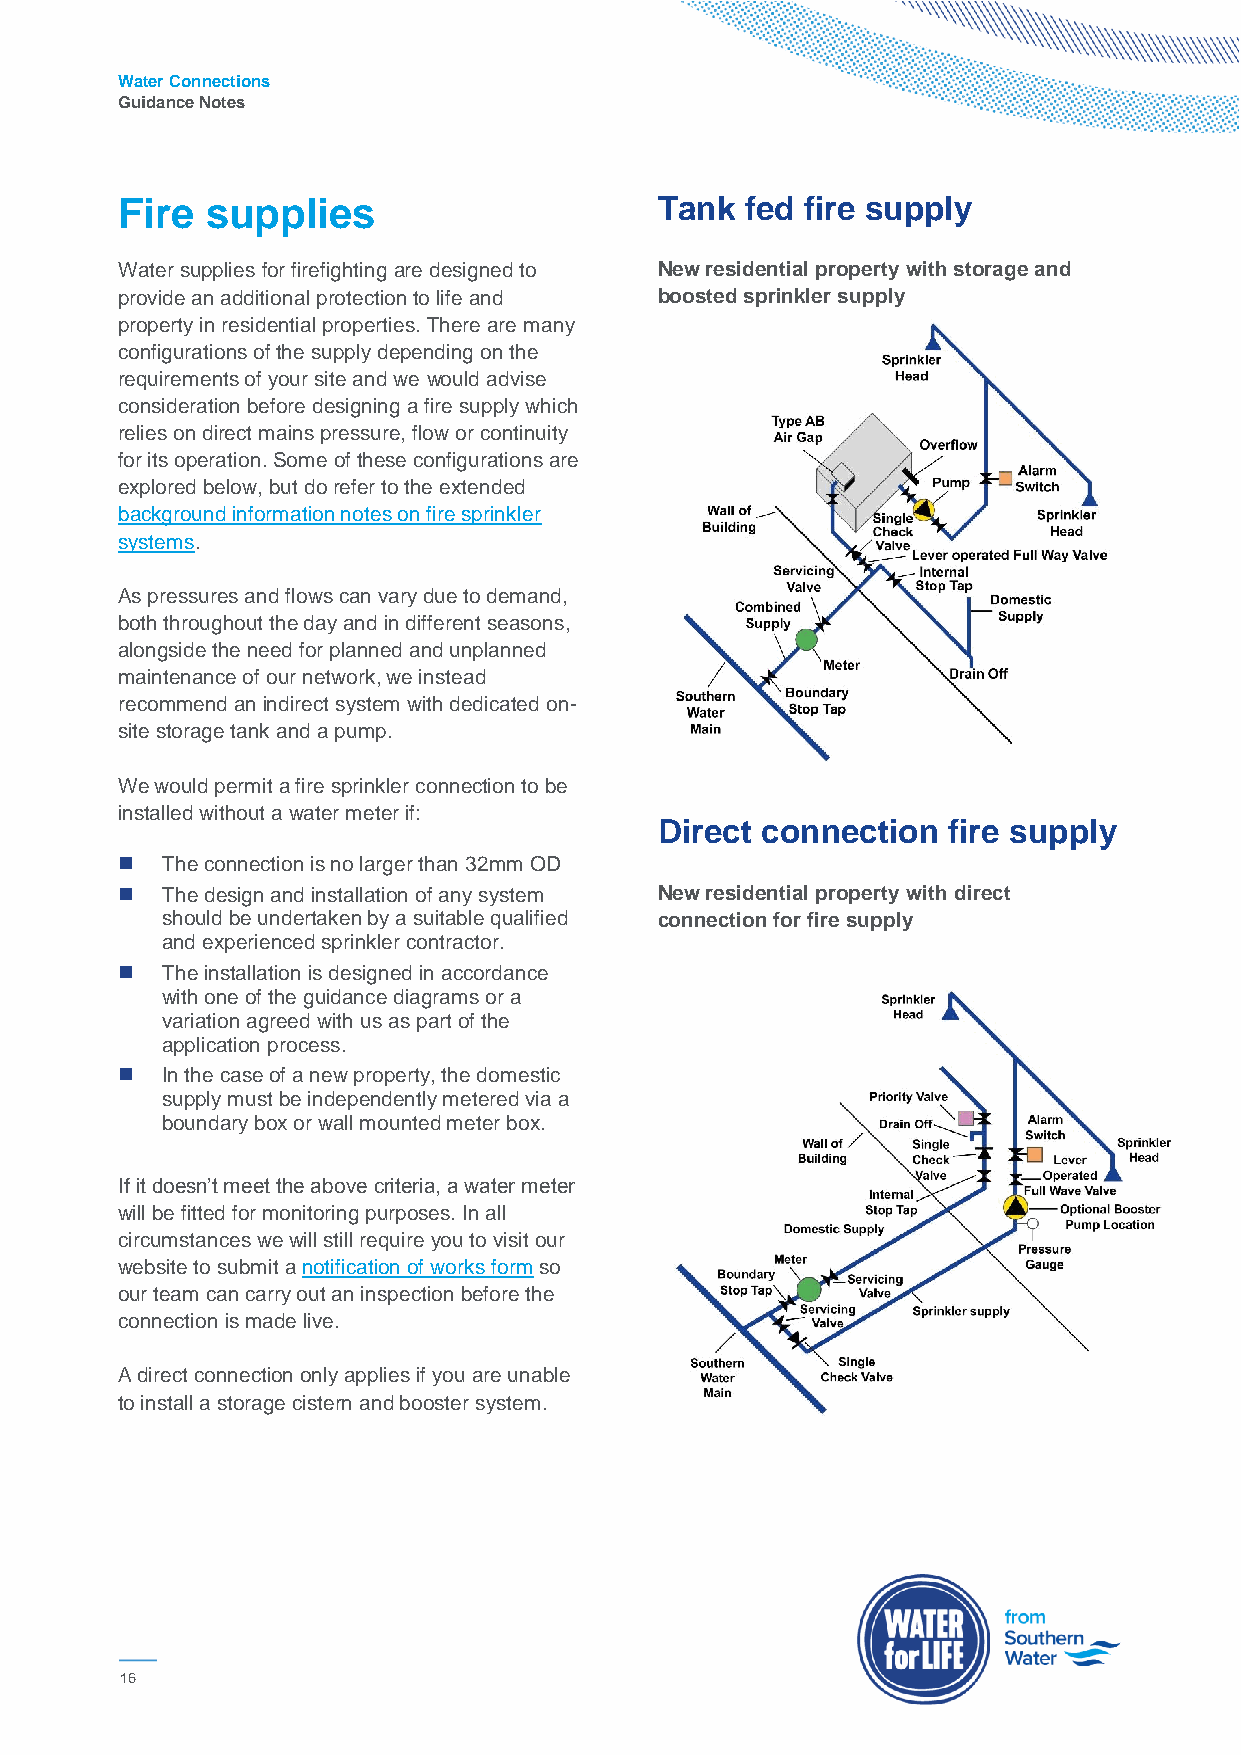
Water Connections
 Guidance Notes
 Fire  supplies                      Tank fed fire supply
 Water supplies for firefighting are designed to New residential property with storage and
 provide an additional protection to life and boosted sprinkler supply
 property in residential properties. There are many
 configurations of the supply depending on the
 requirements of your site and we would advise
 consideration before designing a fire supply which
 relies on direct mains pressure, flow or continuity
 for its operation. Some of these configurations are
 explored below, but do refer to the extended
 background information notes on fire sprinkler
 systems.
 As pressures and flows can vary due to demand,
 both throughout the day and in different seasons,
 alongside the need for planned and unplanned
 maintenance of our network, we instead
 recommend an indirect system with dedicated on-
 site storage tank and a pump.
 We would permit a fire sprinkler connection to be
 installed without a water meter if:
 Direct connection  fire supply
   The connection is no larger than 32mm OD
   The design and installation of any system New residential property with direct
 should be undertaken by a suitable qualified connection for fire supply
 and experienced sprinkler contractor.
   The installation is designed in accordance
 with one of the guidance diagrams or a
 variation agreed with us as part of the
 application process.
   In the case of a new property, the domestic
 supply must be independently metered via a
 boundary box or wall mounted meter box.
 If it doesn’t meet the above criteria, a water meter
 will be fitted for monitoring purposes. In all
 circumstances we will still require you to visit our
 website to submit a notification of works form so
 our team can carry out an inspection before the
 connection is made live.
 A direct connection only applies if you are unable
 to install a storage cistern and booster system.
 16